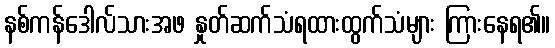
နစ်ကန်ဒေါလ်သားအဖ နှုတ်ဆက်သံရထားထွက်သံများ ကြားနေရ၏။